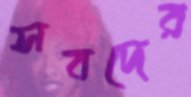
সবদের